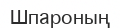
Шпароның